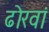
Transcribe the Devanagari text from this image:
ढोरवां